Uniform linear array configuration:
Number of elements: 48
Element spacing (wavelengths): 0.75
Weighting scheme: blackman
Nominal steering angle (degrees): -45
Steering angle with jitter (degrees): -46.199
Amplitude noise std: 0.05
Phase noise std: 0.05

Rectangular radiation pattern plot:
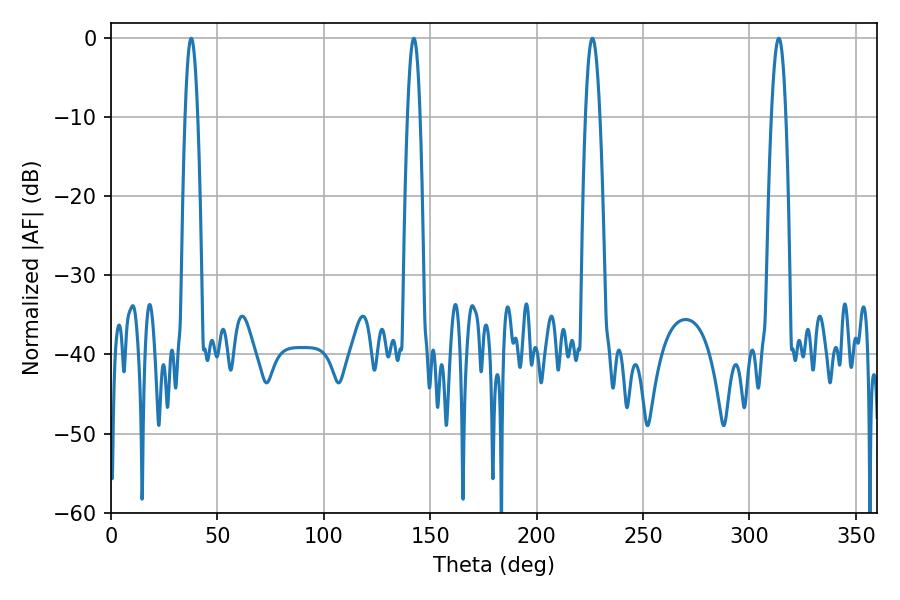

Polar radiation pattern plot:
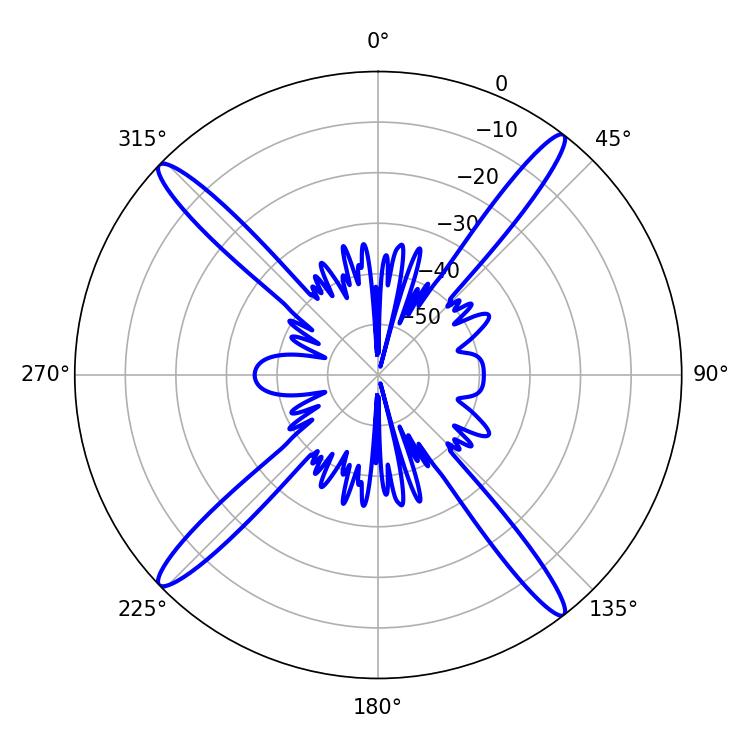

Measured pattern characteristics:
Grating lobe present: TRUE
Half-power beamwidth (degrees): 3.6
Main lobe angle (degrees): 313.74